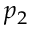
p _ { 2 }